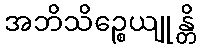
အဘိသိဉ္စေယျုန္တိ